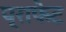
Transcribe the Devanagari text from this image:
प्राफेट